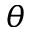
\theta